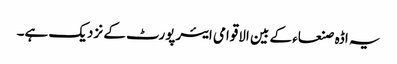
یہ اڈہ صنعاء کے بین الاقوامی ایئرپورٹ کے نزدیک ہے۔